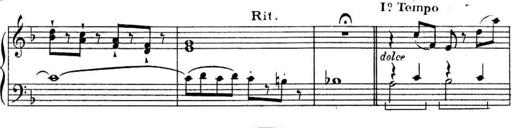
Title: Sonatines
Composer: Hedwige ChrÃ©tien